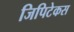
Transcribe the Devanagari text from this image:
जिपिटेकस